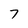
Character: 7